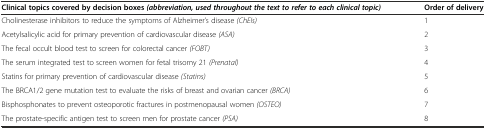
<table><thead><tr><td><b>Clinical topics covered by decision boxes<i>(abbreviation, used throughout the text to refer to each clinical topic)</i></b></td><td><b>Order of delivery</b></td></tr></thead><tbody><tr><td>Cholinesterase inhibitors to reduce the symptoms of Alzheimer’s disease <i>(ChEIs)</i></td><td>1</td></tr><tr><td>Acetylsalicylic acid for primary prevention of cardiovascular disease <i>(ASA)</i></td><td>2</td></tr><tr><td>The fecal occult blood test to screen for colorectal cancer <i>(FOBT)</i></td><td>3</td></tr><tr><td>The serum integrated test to screen women for fetal trisomy 21 <i>(Prenatal)</i></td><td>4</td></tr><tr><td>Statins for primary prevention of cardiovascular disease <i>(Statins)</i></td><td>5</td></tr><tr><td>The BRCA1/2 gene mutation test to evaluate the risks of breast and ovarian cancer <i>(BRCA)</i></td><td>6</td></tr><tr><td>Bisphosphonates to prevent osteoporotic fractures in postmenopausal women <i>(OSTEO)</i></td><td>7</td></tr><tr><td>The prostate-specific antigen test to screen men for prostate cancer <i>(PSA)</i></td><td>8</td></tr></tbody></table>